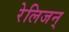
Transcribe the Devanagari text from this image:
रेलिजन्